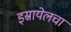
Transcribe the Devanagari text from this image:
इस्रायेलचा